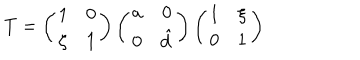
LaTeX: T = \left( \begin{array} { c c } { { 1 } } & { { 0 } } \\ { { \zeta } } & { { 1 } } \\ \end{array} \right) \left( \begin{array} { c c } { { a } } & { { 0 } } \\ { { 0 } } & { { \hat { d } } } \\ \end{array} \right) \left( \begin{array} { c c } { { 1 } } & { { \xi } } \\ { { 0 } } & { { 1 } } \\ \end{array} \right)